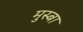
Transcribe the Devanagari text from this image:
मुस्बा